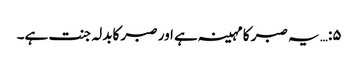
۵:… یہ صبر کا مہینہ ہے اور صبر کابدلہ جنت ہے۔